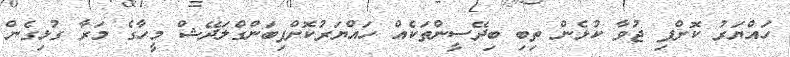
ހައްޔަރު ކޮށްފި ޖުވާ ކުޅެން ތިބި ބިދޭސީންތަކެއް ހައްޔަރުކޮށްފިބަންގްލަދޭޝް މީހާގެ މަރާ ގުޅިގެން